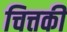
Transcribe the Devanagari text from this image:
चित्तकी